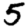
Digit: 5